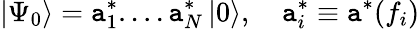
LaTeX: \left|\Psi_{0}\right\rangle=\mathtt{a}_{1}^{*}....\mathtt{a}_{N}^{*}\left|0\right\rangle,\quad\mathtt{a}_{i}^{*}\equiv\mathtt{a}^{*}(f_{i})